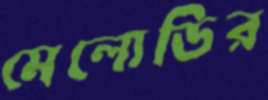
মেলোডির